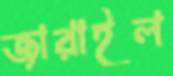
জারাইল